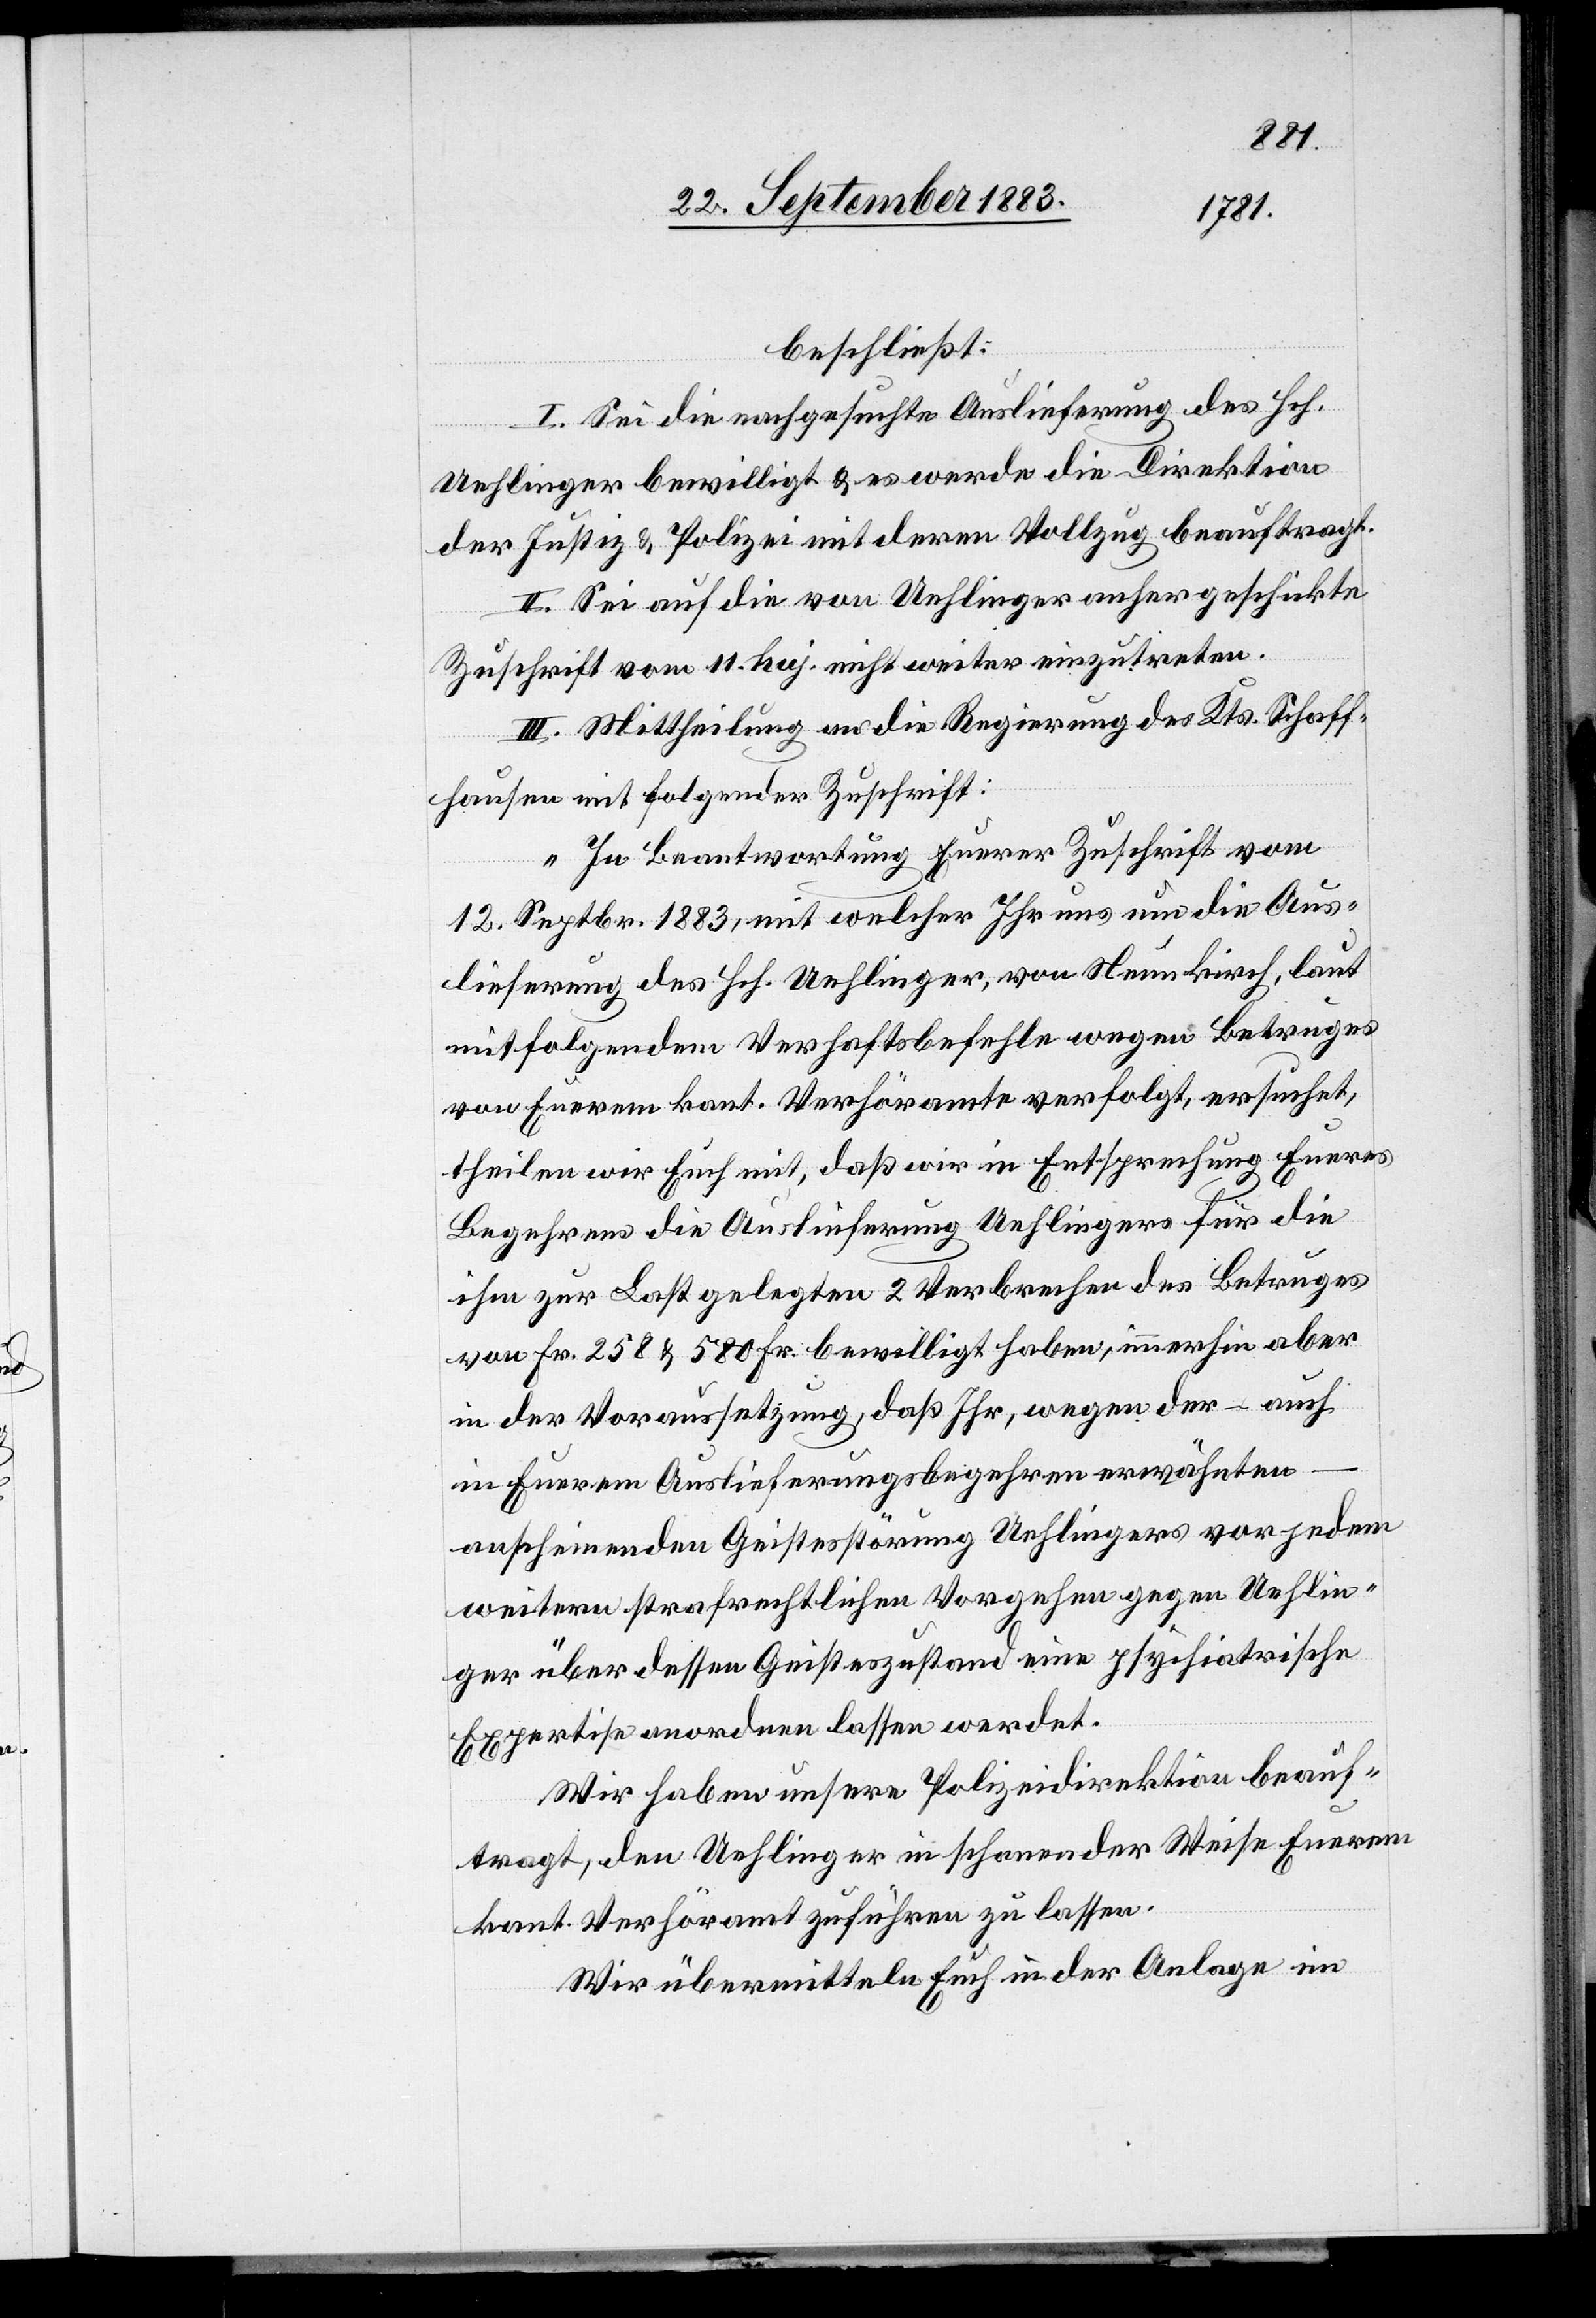
beschließt:
I. Sei die nachgesuchte Auslieferung des Hch.
Uehlinger bewilligt & es werde die Direktion
der Justiz & Polizei mit deren Vollzug beauftragt.
II. Sei auf die von Uehlinger anhergeschickte
Zuschrift vom 11. huj. nicht weiter einzutreten.
III. Mittheilung an die Regierung des Kts. Schaff¬
hausen mit folgender Zuschrift:
„In Beantwortung Euerer Zuschrift vom
12. Septbr. 1883, mit welcher Ihr uns um die Aus¬
lieferung des Hch. Uehlinger, von Neunkirch, laut
mitfolgendem Verhaftsbefehl wegen Betruges
von Euerem kant. Verhöramte verfolgt, ersucht,
theilen wir Euch mit, daß wir in Entsprechung Eueres
Begehrens die Auslieferung Uehlingers für die
ihm zu Last gelegten 2 Verbrechen des Betruges
von Fr. 258 & 580 Fr. bewilligt haben, immerhin aber
in der Voraussetzung, daß Ihr, wegen der – auch
in Euerem Auslieferungsbegehren erwähnten
augenscheinenden Geistesstörung Uehlingers vor jedem
weitern strafrechtlichen Vorgehen gegen Uehlin¬
ger über dessen Geisteszustand eine psychiatrische
Expertise anordnen lassen werdet.
Wir haben unsere Polizeidirektion beauf¬
tragt, den Uehlinger in schonender Weise Euerem
kant. Verhöramt zuführen zu lassen.
Wir übermitteln Euch in der Anlage im